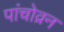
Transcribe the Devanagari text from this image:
पांचोव्रन